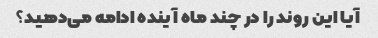
آیا این روند را در چند ماه آینده ادامه می‌دهید؟